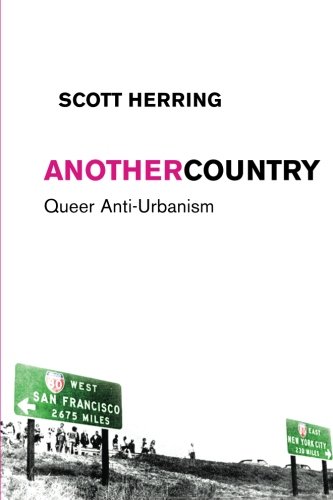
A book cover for Another Country: Queer Anti-Urbanism (Sexual Cultures); Scott Herring; Politics & Social Sciences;